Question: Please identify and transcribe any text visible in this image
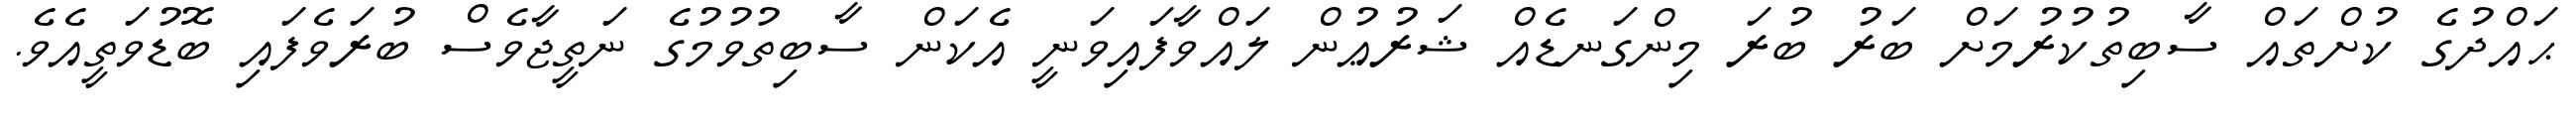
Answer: ޙައްދުގެ ކުށްތައް ސާބިތުކުރުމަށް ބަރު ބުރަ މިންގަނޑެއް ޝަރުޢުން ލައްވާފައިވަނީ އެކަން ސާބިތުވުމުގެ ނަތީޖާވެސް ބުރަވެފައި ބޮޑުވަތީއެވެ.